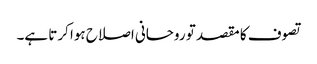
تصوف کا مقصد تو روحانی اصلاح ہوا کرتا ہے۔